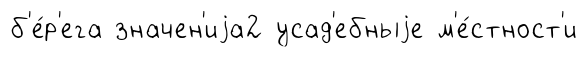
б'е́р'ега значен'иjа2 усад'ебныjе м'е́стност'и